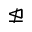
\ntrianglelefteq